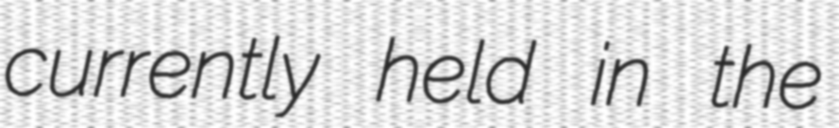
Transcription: currently held in the